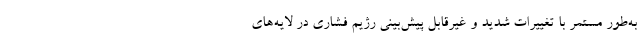
به‌طور مستمر با تغییرات شدید و غیرقابل پیش‌بینی رژیم فشاری در لایه‌های